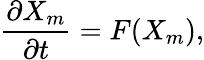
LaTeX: \frac{\partial X_{m}}{\partial t}=F(X_{m}),